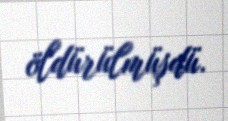
öldürülmüşdü.